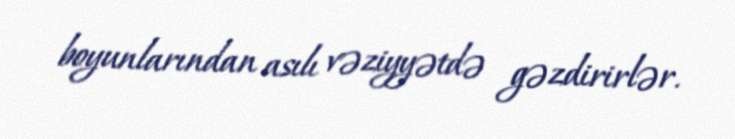
boyunlarından asılı vəziyyətdə gəzdirirlər.